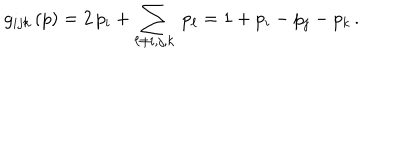
LaTeX: g _ { i j k } \, ( p ) = 2 \, p _ { i } + \sum _ { \ell \ne i , j , k } \ p _ { \ell } = 1 + p _ { i } - p _ { j } - p _ { k } \, .